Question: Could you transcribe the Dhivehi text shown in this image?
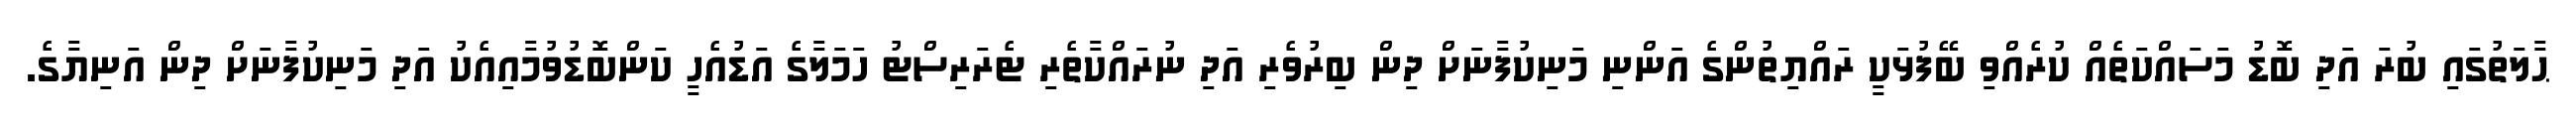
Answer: ޙާލަތުގައި ބުރަ އަދި ބޮޑު މަސައްކަތެއް ކުރެއްވި ބޭފުޅަކީ ރައްޔިތުންގެ އަންނި މަނިކުފާނަށް ދިން ބިރުވެރި އަދި ނުރައްކާތެރި ޓެރަރިސްޓު ހަމަލާގެ އަޑުއެހީ ކަންބޮޑުވުމާއިއެކު އަދި މަނިކުފާނަށް ދިން އަނިޔާގެ.